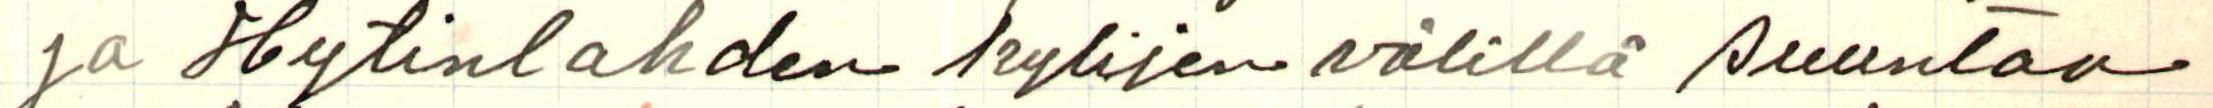
ja Hytinlahden kylien välillä suuntaen